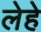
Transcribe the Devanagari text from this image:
लेहे